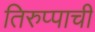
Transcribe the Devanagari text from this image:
तिरुप्पाची